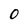
Character: 0